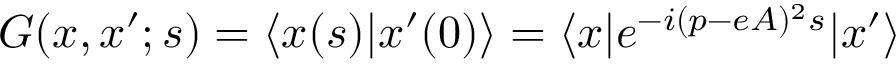
G ( x , x ^ { \prime } ; s ) = \langle x ( s ) | x ^ { \prime } ( 0 ) \rangle = \langle x | e ^ { - i ( p - e A ) ^ { 2 } s } | x ^ { \prime } \rangle